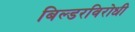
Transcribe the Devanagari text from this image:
बिल्डरविरोधी